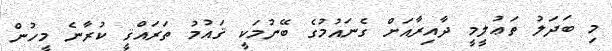
މި ބަދަލު ތަޢުލީމީ ދާއިރާއަށް ގެނައުމުގެ ބޭނުމަކީ ޤައުމު ތަރައްޤީ ކުރާނެ މީހުން